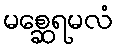
မစ္ဆေရမလံ